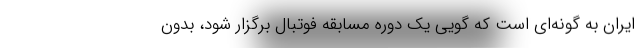
ایران به گونه‌ای است که گویی یک دوره مسابقه فوتبال برگزار شود، بدون